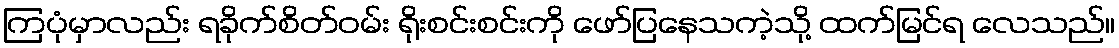
ကြပုံမှာလည်း ရခိုက်စိတ်ဝမ်း ရိုးစင်းစင်းကို ဖော်ပြနေသကဲ့သို့ ထက်မြင်ရ လေသည်။